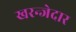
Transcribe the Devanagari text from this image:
खरन्जेदार